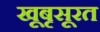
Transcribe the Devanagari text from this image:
खूबृसूरत